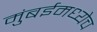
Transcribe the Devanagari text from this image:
मुंबईमध्येच